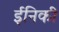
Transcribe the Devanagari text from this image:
ईनिकी